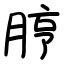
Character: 脝